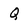
Character: Q